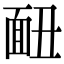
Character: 𩈇